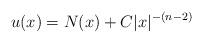
LaTeX: \begin{align*} u(x) = N(x) + C|x|^{-(n-2)}\end{align*}